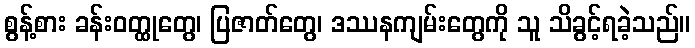
စွန့်စား ခန်းဝတ္ထုတွေ၊ ပြဇာတ်တွေ၊ ဒဿနကျမ်းတွေကို သူ သိခွင့်ရခဲ့သည်။